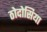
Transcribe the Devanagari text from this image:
ठोदोसिया